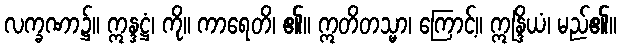
လက္ခဏာ၌။ ဣန္ဒဋ္ဌံ၊ ကို။ ကာရေတိ၊ ၏။ ဣတိတသ္မာ၊ ကြောင့်။ ဣန္ဒြိယံ၊ မည်၏။